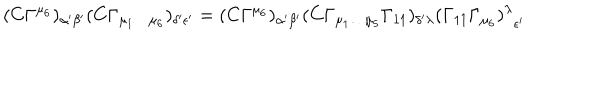
LaTeX: ( C \Gamma ^ { \mu _ { 6 } } ) _ { \alpha { ' } \beta { ' } } ( C \Gamma _ { \mu _ { 1 } \dots \mu _ { 6 } } ) _ { \delta { ' } \epsilon { ' } } = ( C \Gamma ^ { \mu _ { 6 } } ) _ { \alpha { ' } \beta { ' } } ( C \Gamma _ { \mu _ { 1 } \dots \mu _ { 5 } } \Gamma _ { 1 1 } ) _ { \delta { ' } \lambda } { ( \Gamma _ { 1 1 } \Gamma _ { \mu _ { 6 } } ) ^ { \lambda } } _ { \epsilon { ' } }